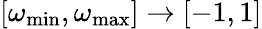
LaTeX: [\omega_{\mathrm{min}},\omega_{\mathrm{max}}]\rightarrow[-1,1]